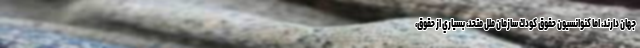
جهان دارند، اما كنوانسيون حقوق كودك سازمان ملل متحد، بسياري از حقوق،